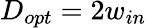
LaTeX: D_{opt}=2w_{in}